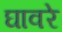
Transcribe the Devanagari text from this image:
घावरे